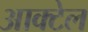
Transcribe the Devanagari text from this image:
आक्टेल